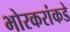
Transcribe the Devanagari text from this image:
भोरकरांकडे